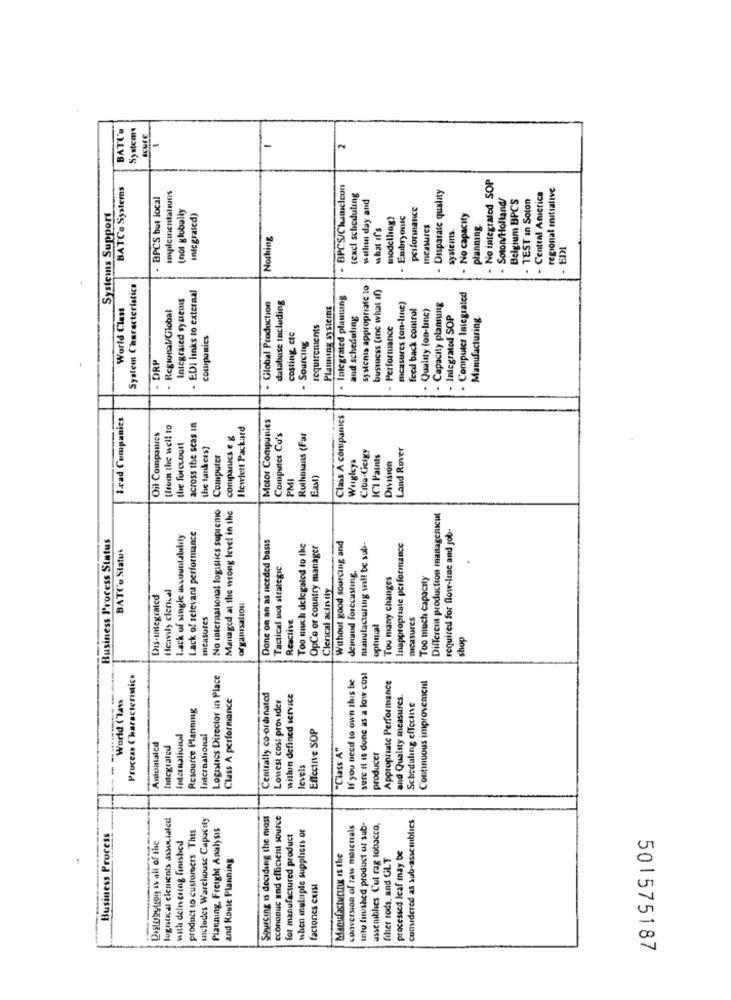
BATI'U
Systems
2
No integrated SOP
BATCo Systems
BPCS/Chamicleon
- Disparate quality
regional mitiative
BPCS but local
implementations
texcl scheduling
wallun day and
Soton/Holland/
Belgium BPCS
- TEST In Soton
Central America
(not globally
performance
Systems Support
Integrated)
modelling)
Enibryonic
- No capacity
what if's
measures
systems.
planning
Nothing
System Characteristics
- EDI links to external
sysicnis appropriafe to
business (Inc what if)
Integrated systems
database including
. Integrated planung
. Computer Integrated
World Class
. Regional/Global
- Global Production
Planting systems
measures (on-line)
feed back control
Quality (on-line)
Capacity planning
and scheduling
Integrated SOP
Manufacturing
requirements
. Performance
companies
costing ctc
Sourcing
DRP
Irad Companies
Motor Companies
Class A companies
(from the well to
across the seas in
Hewlett Packard
Oil Companies
companies e g
Computer Co's
Ruthmans (Far
the forccourt
the tankess)
Ciba-Geigy
Land Rover
Computer
Wuglys
ICI Paints
Division
PMI
East)
No international logistics supremo
Managed at the wrong level in the
Different production managericut
Business Process Status
lack of single accountability
Lack of relevant performance
Donc on an as needed basis
required for flow-line and job
BATCe Statut
Too much delegaled to the
OpCo or country manager
Without good sourcing and
manufacturing will be sub-
Inappropriate performance
Tactical uot strategic
deinand forecasting.
Tou many changes
Too much capacity
Heavily clerical
Ciencal acinsly
Dis-integrated
organisation
measures
Reactive
measures
optimal
shop
Process Characteristics
Logistics Director in Place.
If you need to own this be
sure it is done as a low cost
Continuous improvement
Appropriate Performance
World Claws
Class A performance
Centrally co-ordinated
Lowest cost provider
within defined service
and Quality measures.
Resource Planning
Scheduling effective
Effective SOP
International
International
Antonialed
Integraled
"Class A"
producer
levels
lugntacal cicmenis associated
Includes Warehouse Capacity
Sourcing Is deciding the most
econonuc and efficient source
considered as sub-assemblies
product to customers This
Planning, Freight Analysis
conversion of raw moicnals
Into finished product or sub-
assenibles Cut rag tobacco,
Business Process
Distobytron is all of the
with delnering finished
for manufactured product
when muluple suppliers or
and Roule Planning
Manufacturing is the
filter rods, and GLT
processed leaf may be
factones exist
501575187